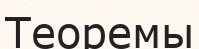
Теоремы